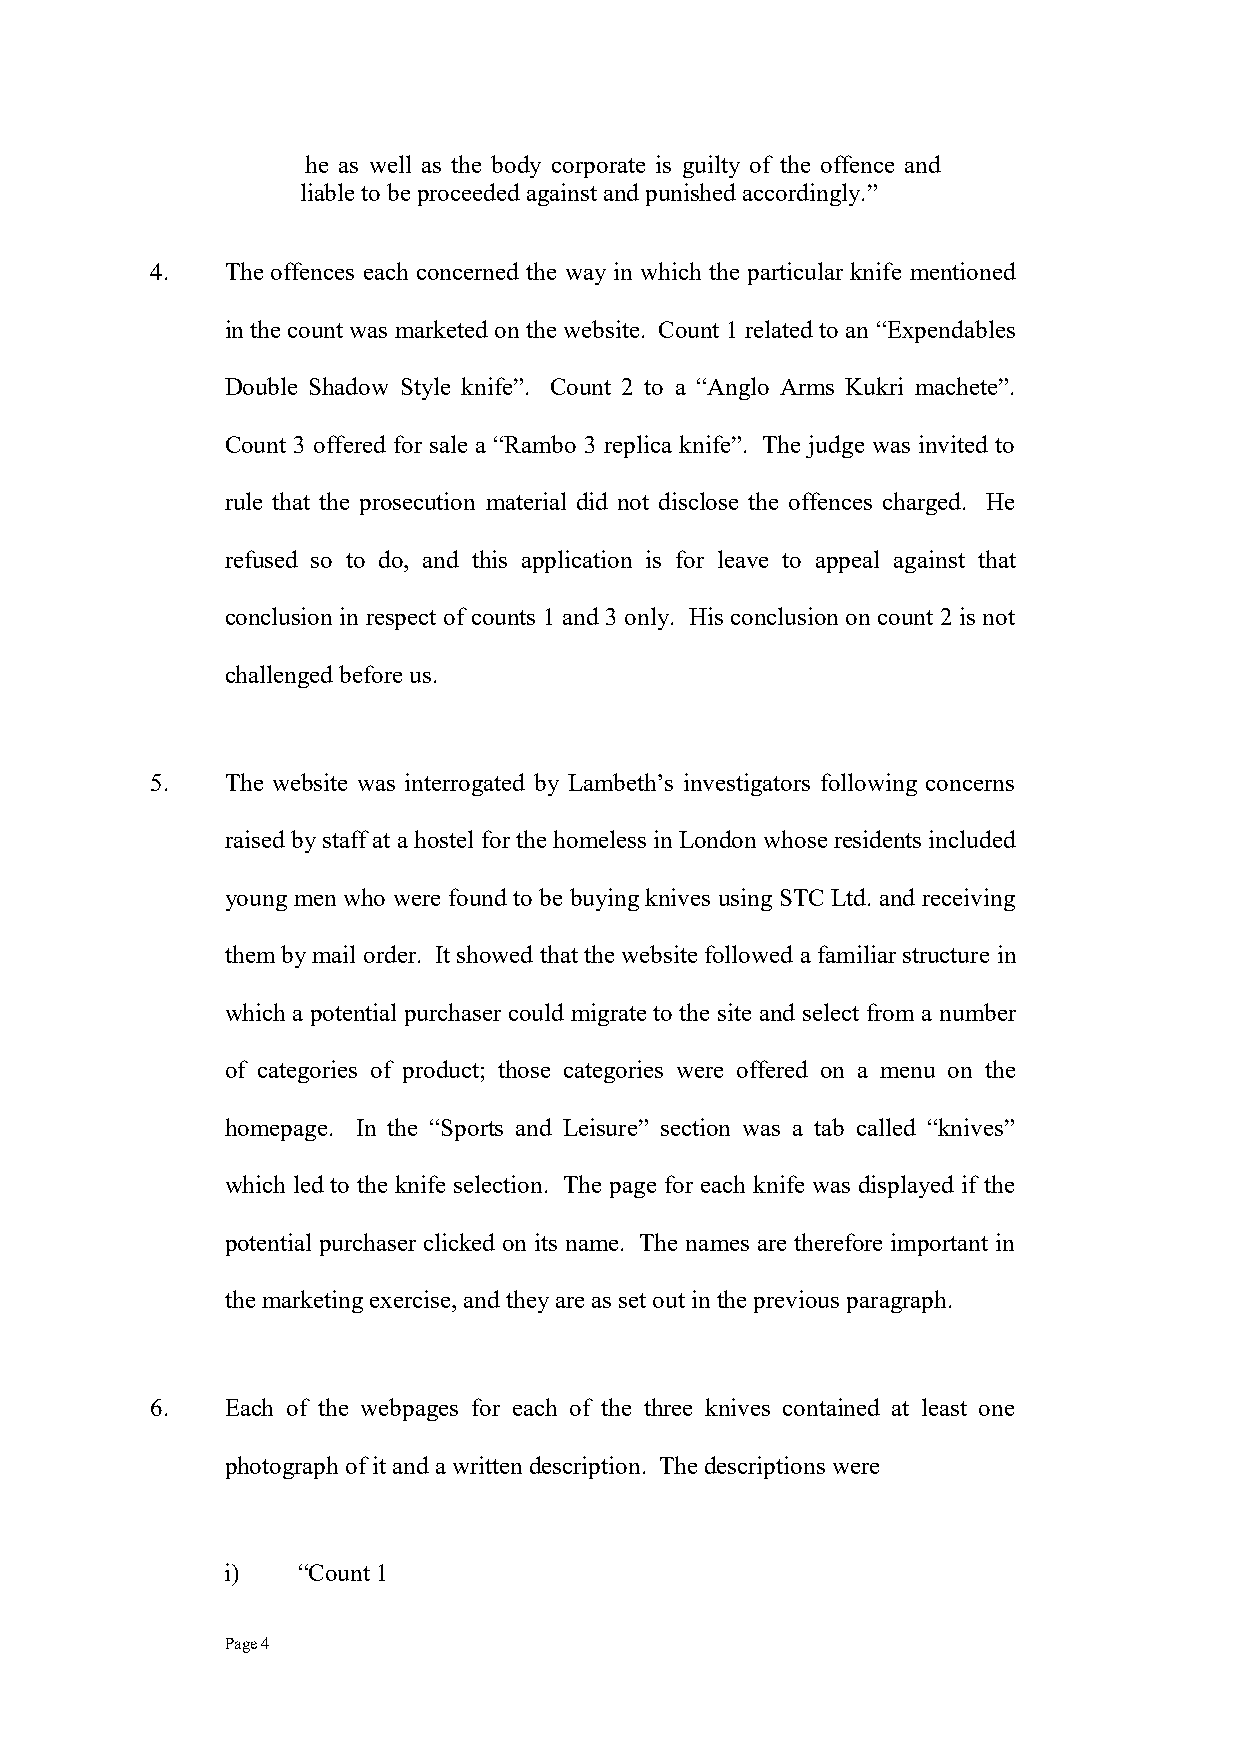
he as well as the body corporate is guilty of the offence and
 liable to be proceeded against and punished accordingly.”
 4.   The offences each concerned the way in which the particular knife mentioned
 in the count was marketed on the website. Count 1 related to an “Expendables
 Double Shadow Style knife”. Count 2 to a “Anglo Arms Kukri machete”.
 Count 3 offered for sale a “Rambo 3 replica knife”. The judge was invited to
 rule that the prosecution material did not disclose the offences charged. He
 refused so to do, and this application is for leave to appeal against that
 conclusion in respect of counts 1 and 3 only. His conclusion on count 2 is not
 challenged before us.
 5.   The website was interrogated by Lambeth’s investigators following concerns
 raised by staff at a hostel for the homeless in London whose residents included
 young men who were found to be buying knives using STC Ltd. and receiving
 them by mail order. It showed that the website followed a familiar structure in
 which a potential purchaser could migrate to the site and select from a number
 of categories of product; those categories were offered on a menu on the
 homepage. In the “Sports and Leisure” section was a tab called “knives”
 which led to the knife selection. The page for each knife was displayed if the
 potential purchaser clicked on its name. The names are therefore important in
 the marketing exercise, and they are as set out in the previous paragraph.
 6.   Each of the webpages for each of the three knives contained at least one
 photograph of it and a written description. The descriptions were
 i)   “Count 1
 Page 4